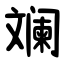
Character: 斓